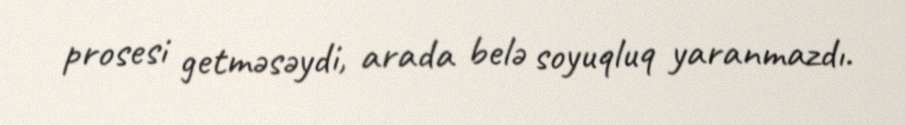
prosesi getməsəydi, arada belə soyuqluq yaranmazdı.